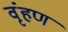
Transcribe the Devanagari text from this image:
वृंहण